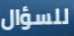
للسؤال